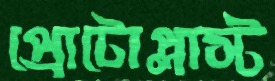
প্রোটোপ্লাস্ট